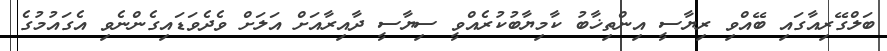
ބަލްގޭރިއާގައި ބޭއްވި ރިޔާސީ އިންތިޚާބު ކާމިޔާބުކުރެއްވީ ސިޔާސީ ދާއިރާއަށް އަލަށް ވެދެވަޑައިގެންނެވި އެގައުމުގެ